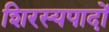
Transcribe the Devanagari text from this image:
शिरस्यपादों